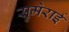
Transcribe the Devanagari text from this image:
सुमेराई